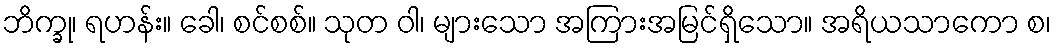
ဘိက္ခု၊ ရဟန်း။ ခေါ၊ စင်စစ်။ သုတ ဝါ၊ များသော အကြားအမြင်ရှိသော။ အရိယသာကော စ၊